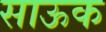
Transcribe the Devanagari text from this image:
साऊक